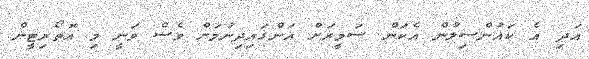
އަދި އެ ކައުންސިލުން އެކަން ސަމީރަށް އަންގައިދިނުމަށް ވެސް ވަނީ މި އޮތޯރިޓީން